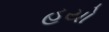
હયો